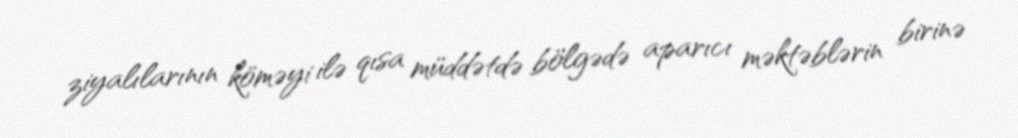
ziyalılarının köməyi ilə qısa müddətdə bölgədə aparıcı məktəblərin birinə